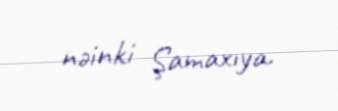
nəinki Şamaxıya.